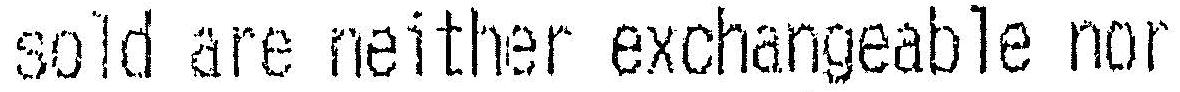
SOLD ARE NEITHER EXCHANGEABLE NOR